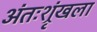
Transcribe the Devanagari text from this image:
अंतःश्रृंखला